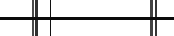
٨٠